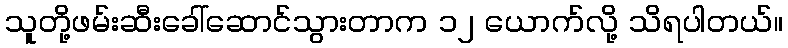
သူတို့ဖမ်းဆီးခေါ်ဆောင်သွားတာက ၁၂ ယောက်လို့ သိရပါတယ်။